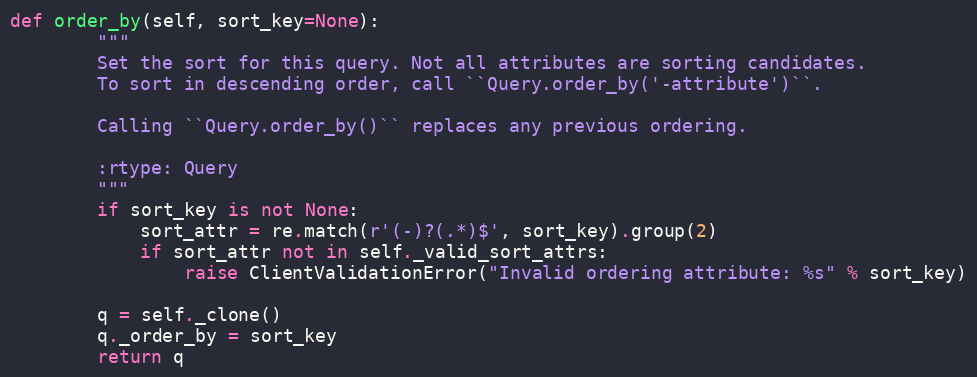
Language: Python
def order_by(self, sort_key=None):
        """
        Set the sort for this query. Not all attributes are sorting candidates.
        To sort in descending order, call ``Query.order_by('-attribute')``.

        Calling ``Query.order_by()`` replaces any previous ordering.

        :rtype: Query
        """
        if sort_key is not None:
            sort_attr = re.match(r'(-)?(.*)$', sort_key).group(2)
            if sort_attr not in self._valid_sort_attrs:
                raise ClientValidationError("Invalid ordering attribute: %s" % sort_key)

        q = self._clone()
        q._order_by = sort_key
        return q